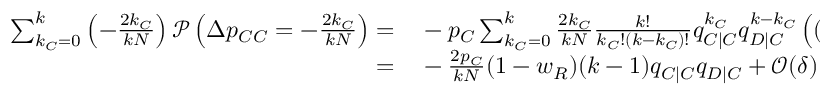
\begin{array} { r l } { \sum _ { k _ { C } = 0 } ^ { k } { \left( - \frac { 2 k _ { C } } { k N } \right) \mathcal { P } \left( \Delta p _ { C C } = - \frac { 2 k _ { C } } { k N } \right) } = } & { { } - p _ { C } \sum _ { k _ { C } = 0 } ^ { k } { \frac { 2 k _ { C } } { k N } \frac { k ! } { k _ { C } ! ( k - k _ { C } ) ! } q _ { C | C } ^ { k _ { C } } q _ { D | C } ^ { k - k _ { C } } \left( ( 1 - w _ { R } ) \frac { k - k _ { C } } { k } + \mathcal { O } ( \delta ) \right) } } \\ { = } & { { } - \frac { 2 p _ { C } } { k N } ( 1 - w _ { R } ) ( k - 1 ) q _ { C | C } q _ { D | C } + \mathcal { O } ( \delta ) . } \end{array}